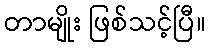
တာမျိုး ဖြစ်သင့်ပြီ။